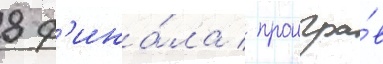
8 ф'ина́ла / проигра́в